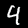
Digit: 4